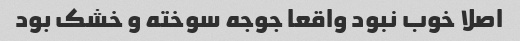
اصلا خوب نبود واقعا جوجه سوخته و خشک بود